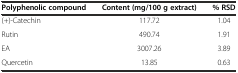
<table><thead><tr><td><b>Polyphenolic compound</b></td><td><b>Content (mg/100 g extract)</b></td><td><b>% RSD</b></td></tr></thead><tbody><tr><td>(+)-Catechin</td><td>117.72</td><td>1.04</td></tr><tr><td>Rutin</td><td>490.74</td><td>1.91</td></tr><tr><td>EA</td><td>3007.26</td><td>3.89</td></tr><tr><td>Quercetin</td><td>13.85</td><td>0.63</td></tr></tbody></table>